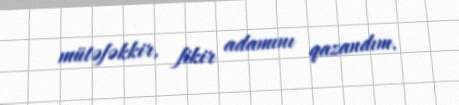
mütəfəkkir, fikir adamını qazandım.